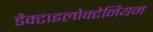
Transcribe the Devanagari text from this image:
डैक्टाइलोक्टेनियम